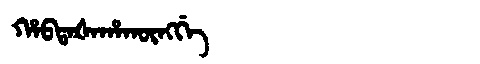
Manchu: ᡥᠠᠪᡨᠠᡧᠠᡥᠠᡴᡡᠩᡤᡝ
Romanization: HABTAŠAHAKŪNGGE